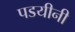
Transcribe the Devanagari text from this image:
पडयीनी